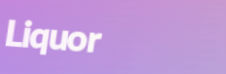
Liquor